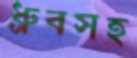
ধ্রুবসহ